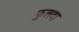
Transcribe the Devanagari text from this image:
फुलदा